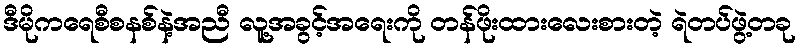
ဒီမိုကရေစီစနစ်နဲ့အညီ လူ့အခွင့်အရေးကို တန်ဖိုးထားလေးစားတဲ့ ရဲတပ်ဖွဲ့တခု